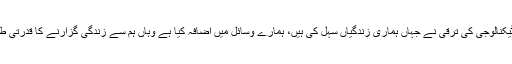
سائنس، طب اور ٹیکنالوجی کی ترقی نے جہاں ہماری زندگیاں سہل کی ہیں، ہمارے وسائل میں اضافہ کیا ہے وہاں ہم سے زندگی گزارنے کا قدرتی طریقہ چھین لیا ہے۔